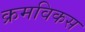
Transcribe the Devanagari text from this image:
क्रमविकस